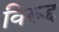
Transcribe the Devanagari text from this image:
विरूद्द